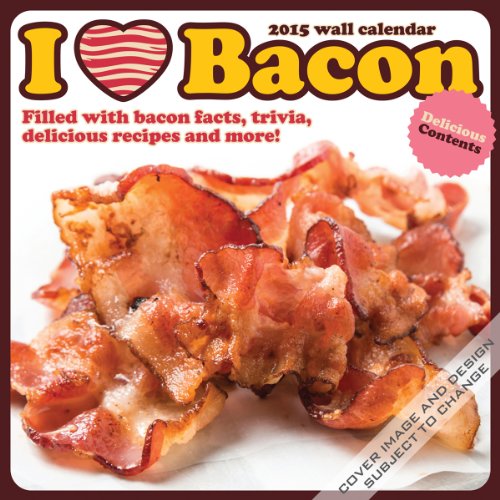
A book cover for I Heart Bacon 2015 Calendar; Calendars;